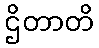
ဌိတာတိ